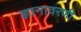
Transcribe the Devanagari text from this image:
ज्ञानावरणी